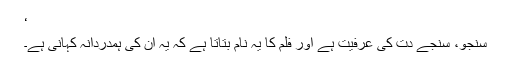
‘
سنجو، سنجے دت کی عرفیت ہے اور فلم کا یہ نام بتاتا ہے کہ یہ ان کی ہمدردانہ کہانی ہے۔